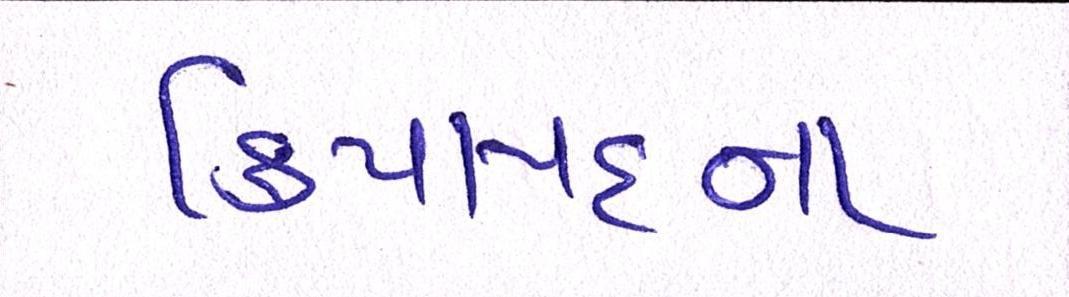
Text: ક્રિયાપદના